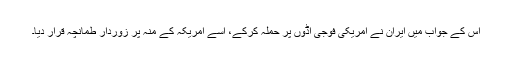
اس کے جواب میں ایران نے امریکی فوجی اڈوں پر حملہ کرکے، اسے امریکہ کے منہ پر زوردار طمانچہ قرار دیا۔